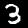
Label: 3